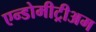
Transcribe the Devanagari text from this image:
एन्डोमीट्रीअम